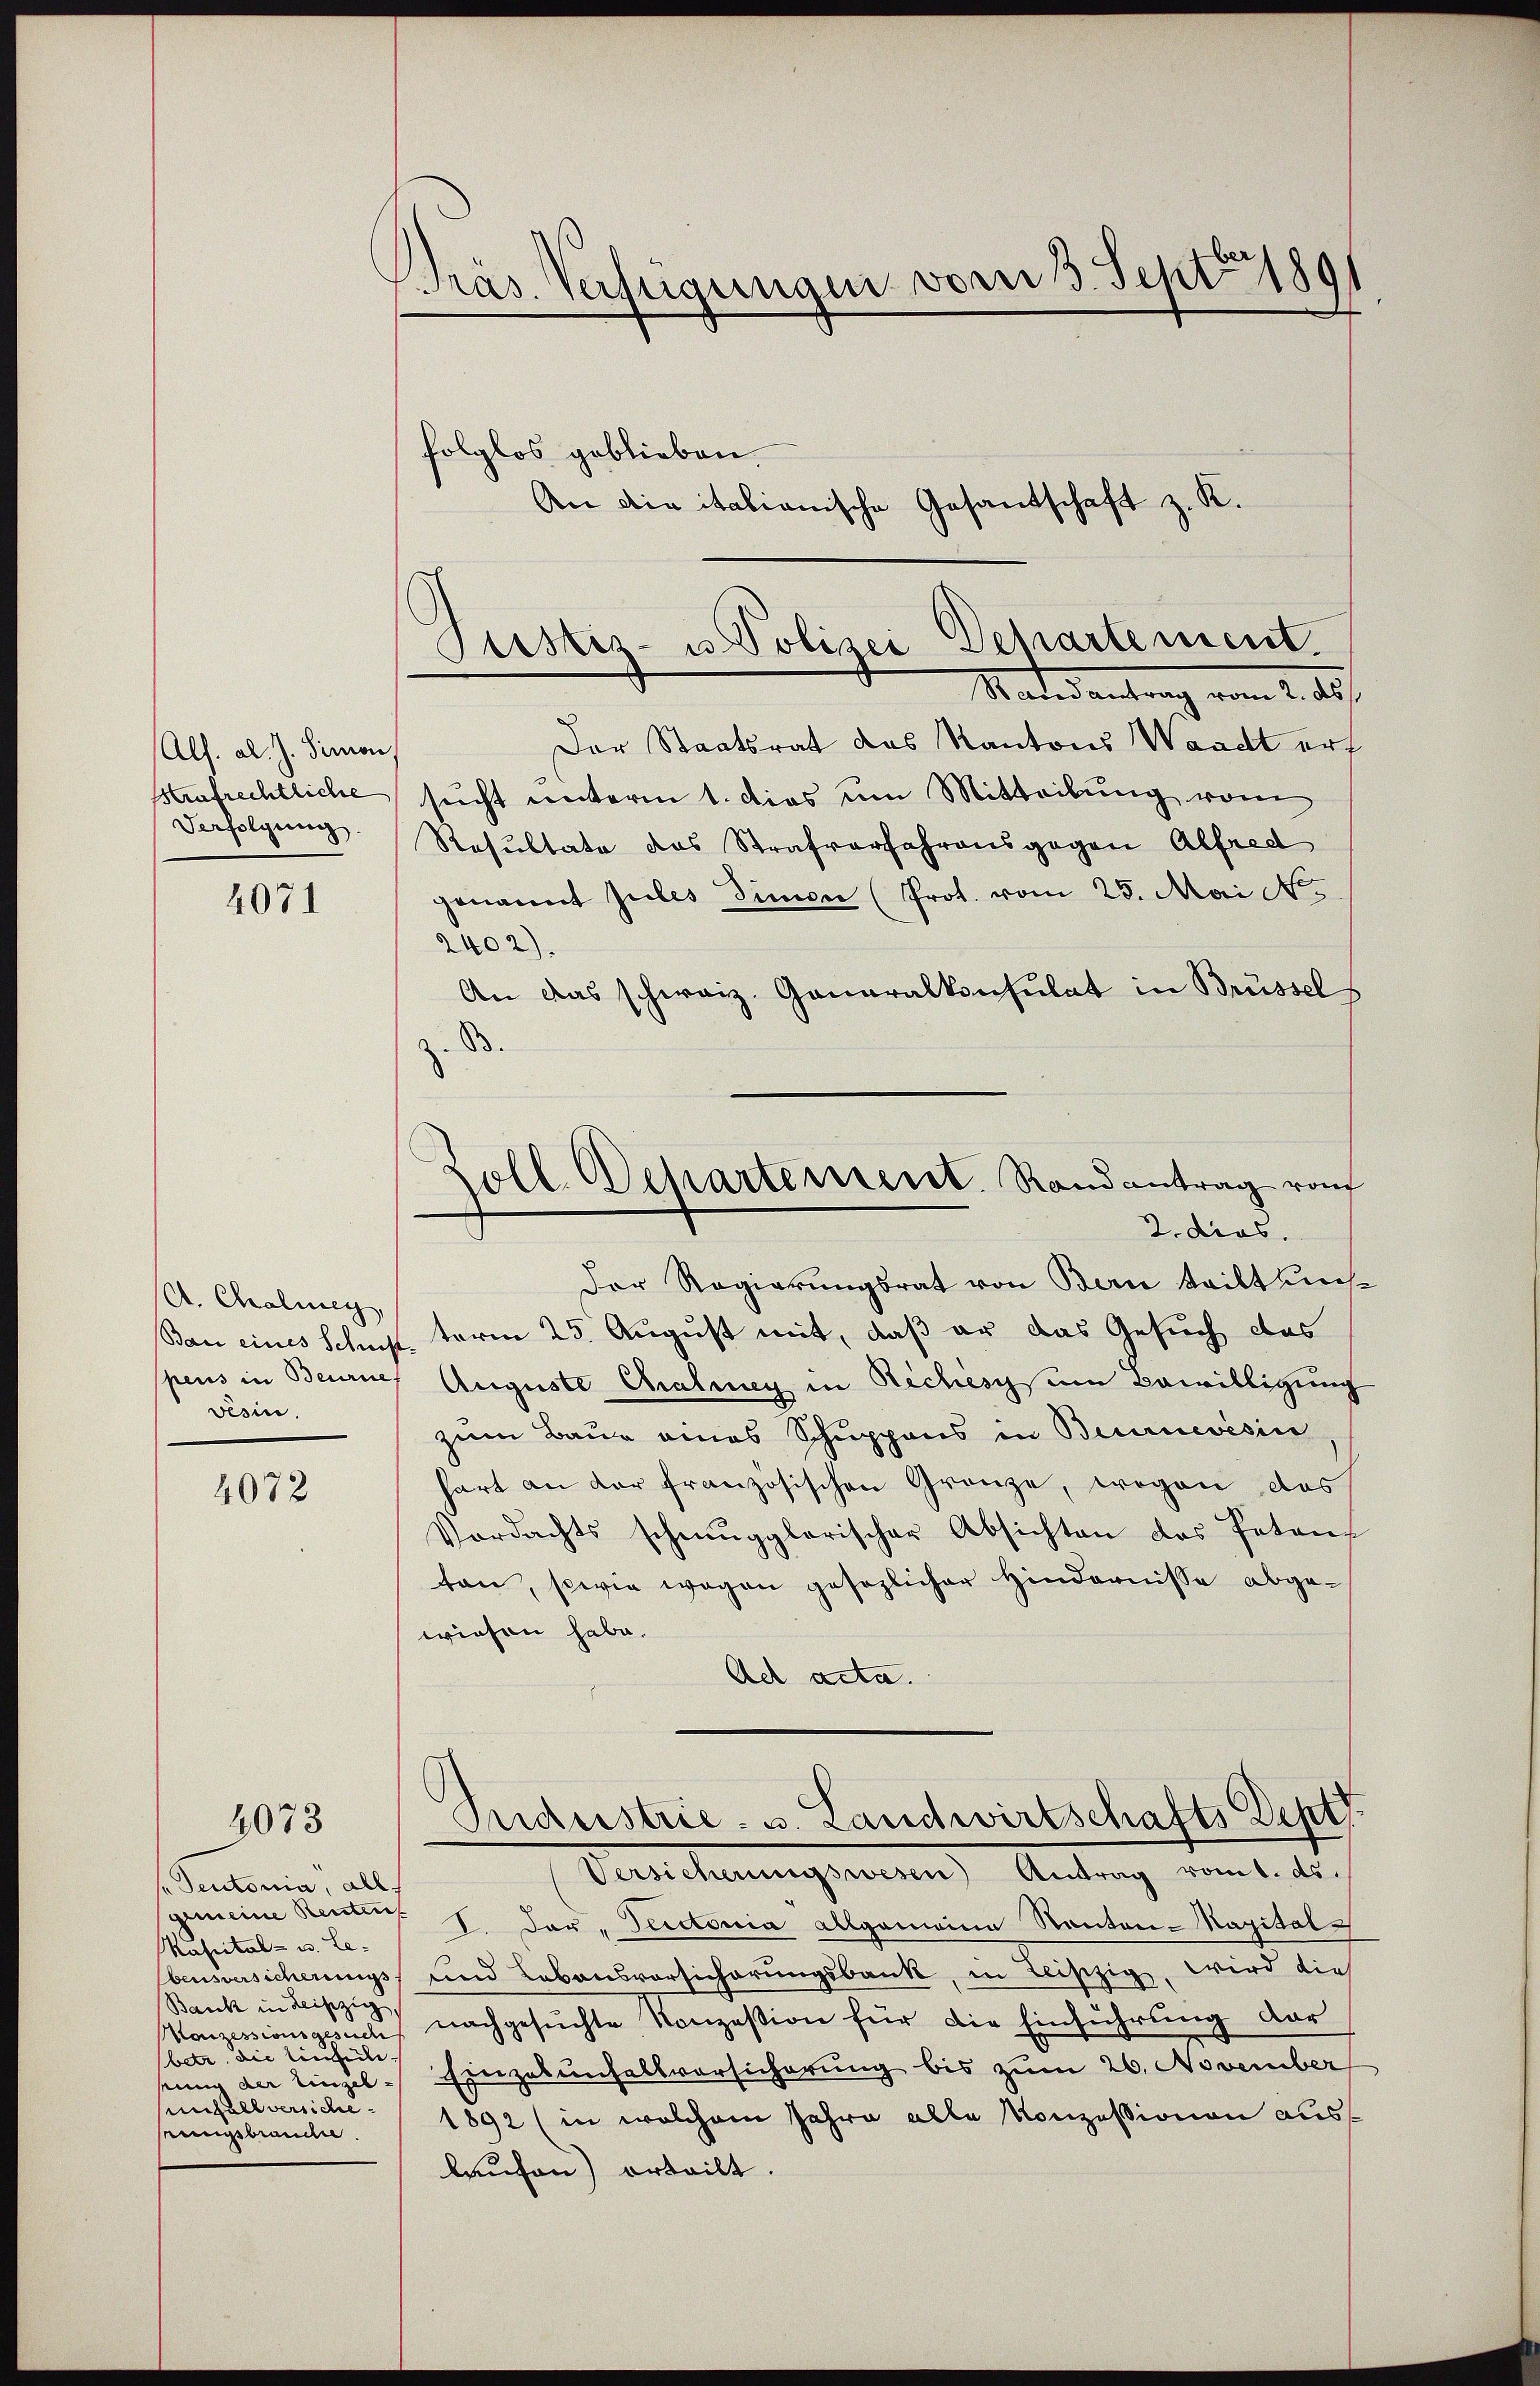
(Alf. al. J. Simon
saufrechtliche
Verfolgung.

4071

A. Chalmey
spens in Beurne
Fesin.

4072

4073

s Teutonia, all.
gemeine Renten
Kapital- u. Lebensversicherungs
Bank in Leipzig,
Manzessionsgesuch
betr. die Einheile.
seinig der Einzelnhell versichesungsbrande.

.
Präs. Verfügungen vom 3. Sept 1891

folglos geblieben.
An die italionische Gesandschaft z. K.

Justiz- u Polizei Departement.

Zoll. Departement. Randantrag vom
2. dies.

Maderantrag vom 2. 20.
Der Staatsrat das Kantons Waadt erf
sucht unterm 1. dies um Mitteilung vom
Resultate das Strafverfahrensgegen Alfred
genannt zules Simon (Prot. vom 25. Mai No
2402).
An das schweiz. Generalkonsulat in Brüssel
83.
d
Der Regierungsrat von Bern tailt uns
Bau eines Schupt, term 25. August mit, daß er das Gesuch das
Auguste Chalung in Reches um Bewilligung
zum Baue eines Schuppens in Beurnevésin
hart an der französischen Gränze, wegen das
Verdachts schmugglerischer Absichten des Peten-
tten, sowie wegen gesezlicher Hindernisse abgewiesen habe.
Ach acta.
Suderstrie- u. Landwirtschafts Dept.
Versicherungswesen Antrag vom 1. ds.
 V. Der "Prectonia allgemeinen Kanton-Kapital¬
und Lebensvorsicherungsbank, in leiszig, wird dies
nachgesŭchte Konzesion für die Einführung dar
Einzelenfallvorsicherung bis zum 26. November
1892 (in welchem Jahre alle Konzessionen auslaufen) erteilt.